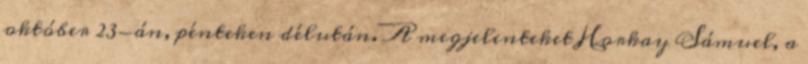
október 23-án, pénteken délután. A megjelenteket Horkay Sámuel, a